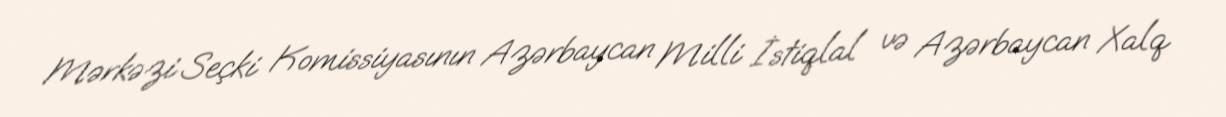
Mərkəzi Seçki Komissiyasının Azərbaycan Milli İstiqlal və Azərbaycan Xalq